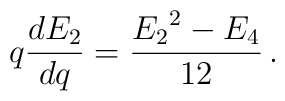
q\frac{d E_2}{dq} =\frac{{E_2}^2-E_4}{12}\,.